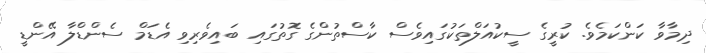
ދިމާވާ ކަންކަމެވެ. ކުރީގެ ސީކުއަލްތަކުގައިވެސް ކާސްތުންގެ ގޮތުގައި ބައިވެރިވި އެޑަމް ސެންޑްލާ އޭންޑީ